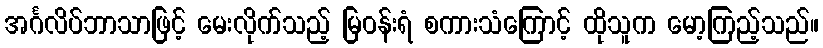
အင်္ဂလိပ်ဘာသာဖြင့် မေးလိုက်သည့် မြဝန်းရံ စကားသံကြောင့် ထိုသူက မော့ကြည့်သည်။